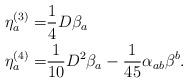
LaTeX: \begin{align*} \eta_a^{(3)} = &\frac{1}{4} D\beta_a \\ \eta_a^{(4)} = &\frac{1}{10} D^2 \beta_a -\frac{1}{45}\alpha_{ab}\beta^b.\end{align*}